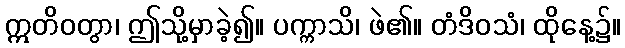
ဣတိဝတွာ၊ ဤသို့မှာခဲ့၍။ ပက္ကာသိ၊ ဖဲ၏။ တံဒိဝသံ၊ ထိုနေ့၌။